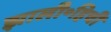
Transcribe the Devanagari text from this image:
झाली॰हिची